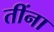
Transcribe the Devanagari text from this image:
तींना